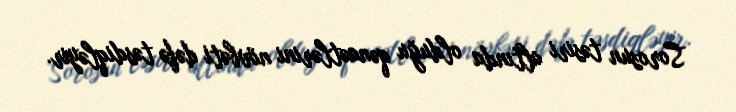
Sorosun təsiri altında olduğu qənaətlərini növbəti dəfə təsdiqləyir.